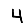
Digit: 4